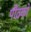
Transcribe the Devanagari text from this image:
पीठको